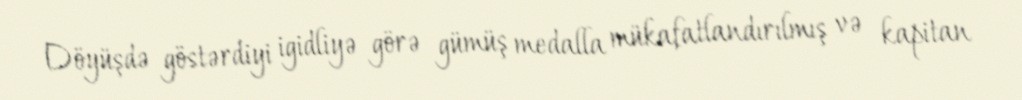
Döyüşdə göstərdiyi igidliyə görə gümüş medalla mükafatlandırılmış və kapitan